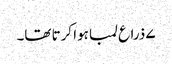
۷ ذراع لمبا ہوا کرتا تھا۔